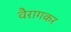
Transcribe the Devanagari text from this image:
वैरागकर